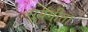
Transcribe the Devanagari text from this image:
सूर्यगीता